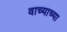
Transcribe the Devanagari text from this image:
वाच्याच्या